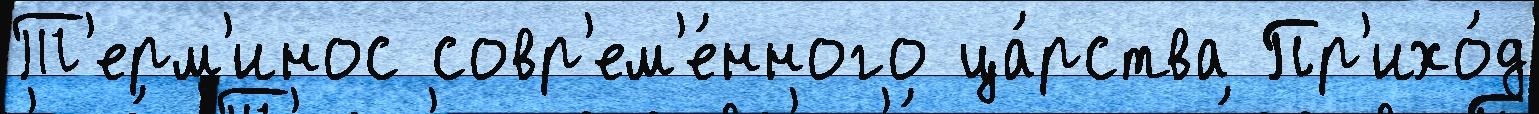
Т'ерм'инос совр'ем'е́нного ца́рства Пр'ихо́д